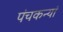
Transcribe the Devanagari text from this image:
पंचकन्यां